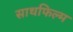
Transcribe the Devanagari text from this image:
साथफिल्म